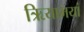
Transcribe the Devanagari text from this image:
ऋियाभयां